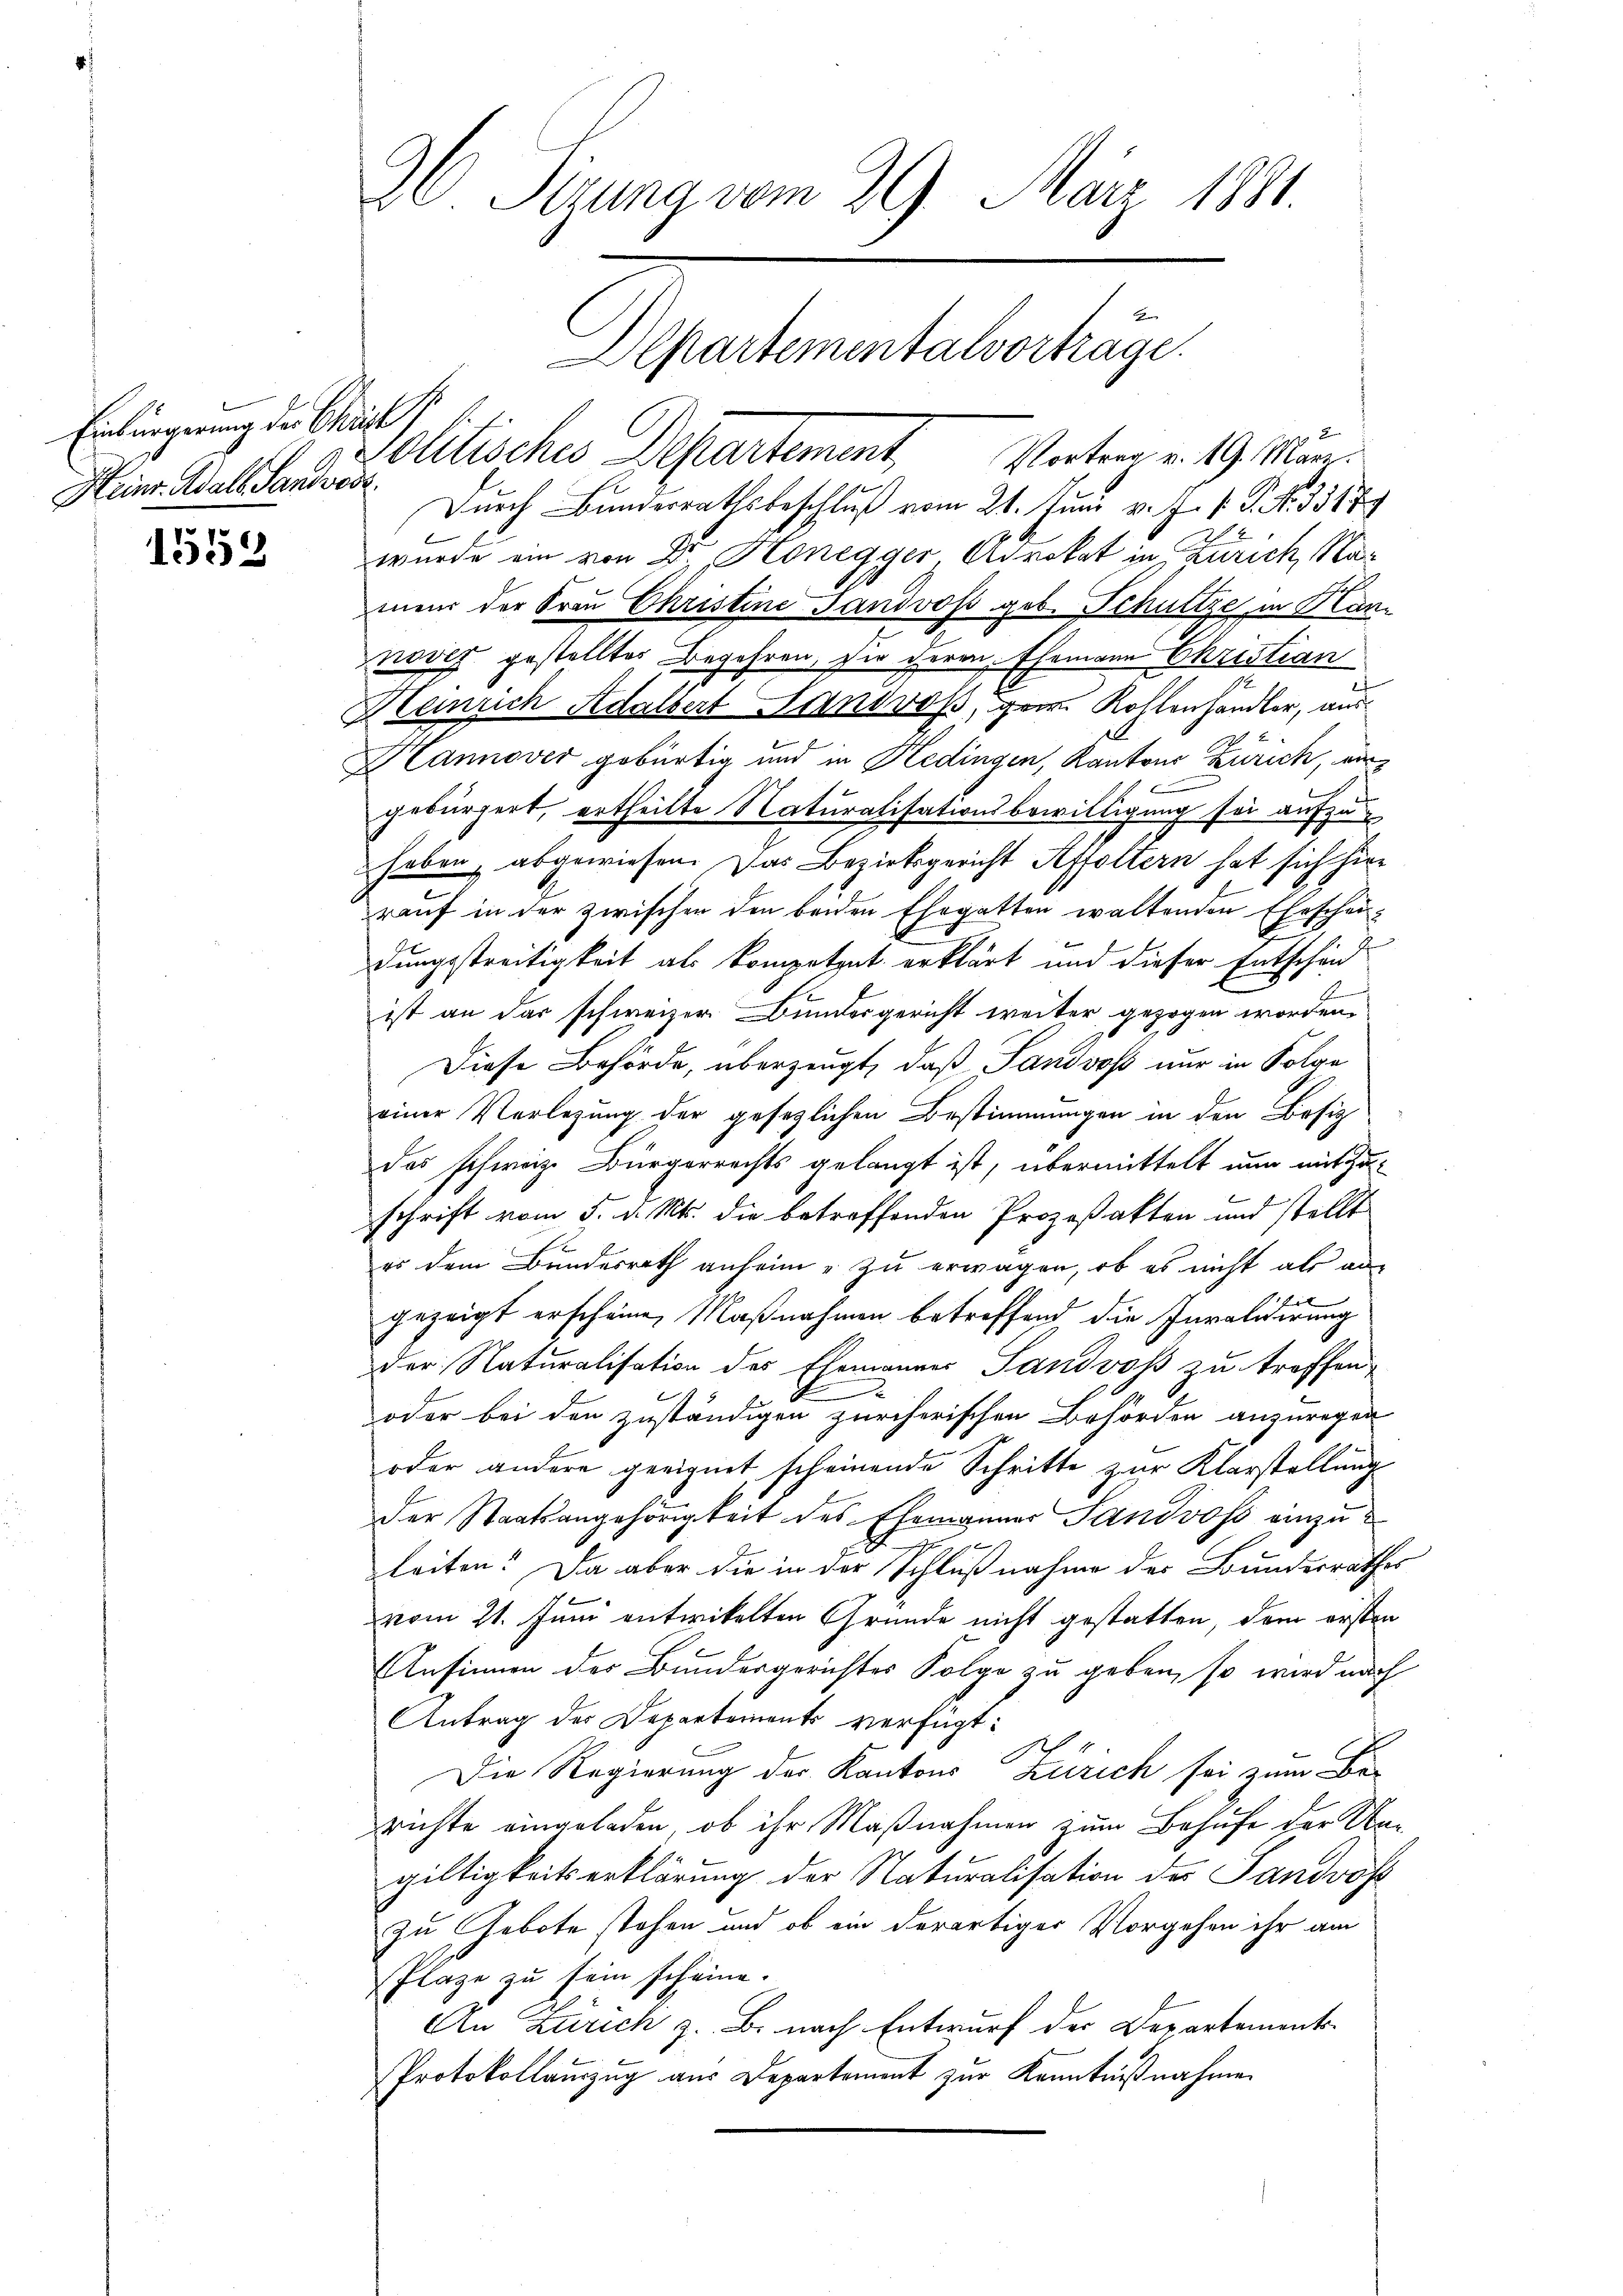
Einbürgerung der Christ
Heinr. Adals Sandress

1553

36. Serung vom 29. März 1881.
Aepartementalvortrage.

olitisches Departement, Vorten v. 19. März.
Durch Bunderrathsbeschluß vom 21. Juni v. J. P. P. Nr. 3517/
wurde ein von Dr. Honegger Advokat in Zürich, Namens der Frau Christine Sandvoss geb. Schultze in Hannover gestellter Begehren, sie deren Ehemann Christian
Heinrich Adalbert Hanovass, gar Kohlenhändler, aus¬
Hannover gebürtig und in Hedingen, Kantons Zürich, eingebürgert, ertheilte Naturalisationsbewilligung sei aufzuhaben abgewiesen. Das Bezirksgericht Affoltern hat sich hier
rauf in der zwischen den beiden Ehegatten waltenden Eheschei-
dungsstreitigkeit als kompetzat erklärt und dieser Entscheid
ist an das schweizer Bundesgericht weiter gezogen worden,
Diese Behörde, überzeugt, daß Sandvoß nur in Folge
einer Verlegung der gesetzlichen Bestimmungen in den Besiz
das schweize Bürgerrechts gelangt ist, übermittelt nun mit Zuschrift vom 5. d. Mts. die betreffenden Prozeßakten und stellt
es dem Bundesrath anheim - zu erwagen, ob es nicht als an
gezeigt erscheine Maßnahmen betreffend die Invalidirung
der Naturalisation des Ehemannes Sandvoß zu treffen,
oder bei den zuständigen zürcherischen Behörden anzuregen
oder andere geeignet scheinende Schritte zur Klarstellung
der Staatsangehörigkeit des Ehemanner Sandvoss einzuleiten! Da aber die in der Schlußnahme des Bundesrathes
vom 21. Juni entwickelten Gründe nicht gestatten, dem ersten
Ansinnen des Bundesgerichtes Folge zu geben, so wird nach
Antrag der Departements verfügt:
Die Regierung der Kantons Zürich sei zum Be-
richte eingeladen, ob ihr Maßnahmen zum Behufe der Ungiltigkeitserklärung der Naturalisation des Landvog
zu Gebote stehen und ob ein derartiger Vorgehen ihr am
Plaze zu sein scheine.
An Zürich z. B. nach Entwurf der Departements¬
Protokollauszug aus Departement zur Kenntnißnahme